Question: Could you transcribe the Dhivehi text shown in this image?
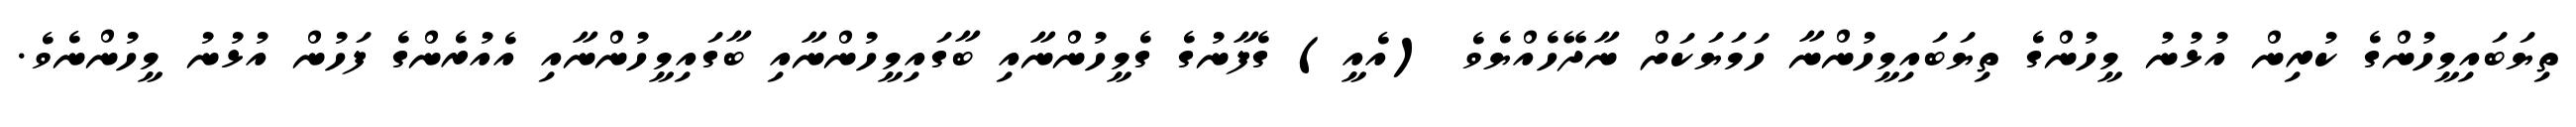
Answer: ތިޔަބައިމީހުންގެ ކުރިން އުޅުނު މީހުންގެ ތިޔަބައިމީހުންނާ ހަމަޔަކަށް ނާދޭހެއްޔެވެ (އެއީ) ގެފާނުގެ ގެމީހުންނާއި ބާގައިމީހުންނާއި ބާގައިމީހުންނާއި އެއުރެންގެ ފަހުން އުޅުނު މީހުންނެވެ.